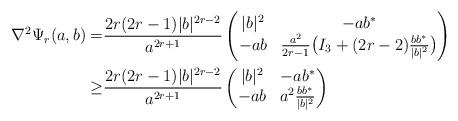
LaTeX: \begin{align*}\nabla^2 \Psi_r (a,b) =& \frac{2r(2r-1)|b|^{2r-2}}{a^{2r+1}} \begin{pmatrix} |b|^2 & -ab^* \\- ab & \frac{a^2}{2r-1}\big(I_3+(2r-2)\frac{bb^*}{|b|^2}\big)\end{pmatrix}\\\geq& \frac{2r(2r-1)|b|^{2r-2}}{a^{2r+1}} \begin{pmatrix} |b|^2 & -ab^* \\- ab & a^2 \frac{bb^*}{|b|^2}\end{pmatrix}\end{align*}